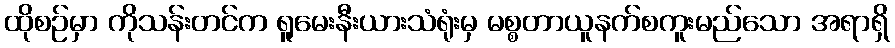
ထိုစဉ်မှာ ကိုသန်းတင်က ရူမေးနီးယားသံရုံးမှ မစ္စတာယူနက်စကူးမည်သော အရာရှိ